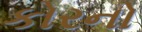
કોરનો